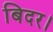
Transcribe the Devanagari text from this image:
बिदर।